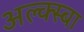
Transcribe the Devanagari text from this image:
अल्क्स्बा